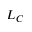
L _ { C }